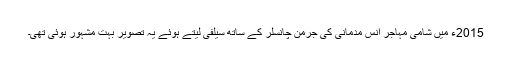
2015ء میں شامی مہاجر انس مدمانی کی جرمن چانسلر کے ساتھ سیلفی لیتے ہوئے یہ تصویر بہت مشہور ہوئی تھی۔